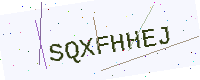
Text: SQXFHHEJ